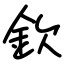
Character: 欽